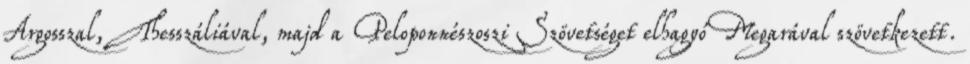
Argosszal, Thesszáliával, majd a Peloponnészoszi Szövetséget elhagyó Megarával szövetkezett.